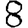
Digit: 8